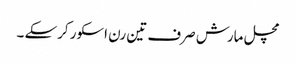
مچل مارش صرف تین رن اسکور کرسکے ۔